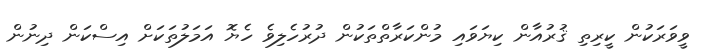
ވީވަރަކުން ކީރިތި ޤުރުއާން ކިޔަވައި މުންކަރާތްތަކުން ދުރުހެލިވެ ހެޔޮ އަމަލުތަކަށް އިސްކަން ދިނުން